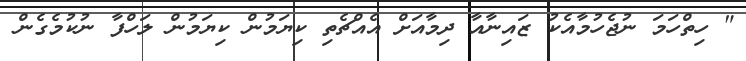
" ހިތްހަމަ ނުޖެހުމާއެކު ޒައިނާއާ ދިމާއަށް އެއްޗެތި ކިޔަމުން ކިޔަމުން ލަހްފާ ނުކުމެގެން